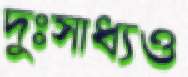
দুঃসাধ্যও